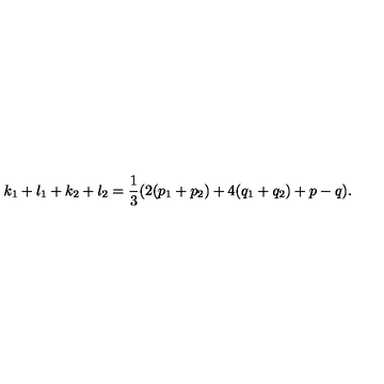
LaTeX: k _ { 1 } + l _ { 1 } + k _ { 2 } + l _ { 2 } = \frac { 1 } { 3 } ( 2 ( p _ { 1 } + p _ { 2 } ) + 4 ( q _ { 1 } + q _ { 2 } ) + p - q ) .